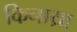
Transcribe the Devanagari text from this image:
किनाय्रा